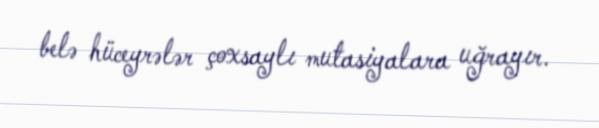
belə hüceyrələr çoxsaylı mutasiyalara uğrayır.